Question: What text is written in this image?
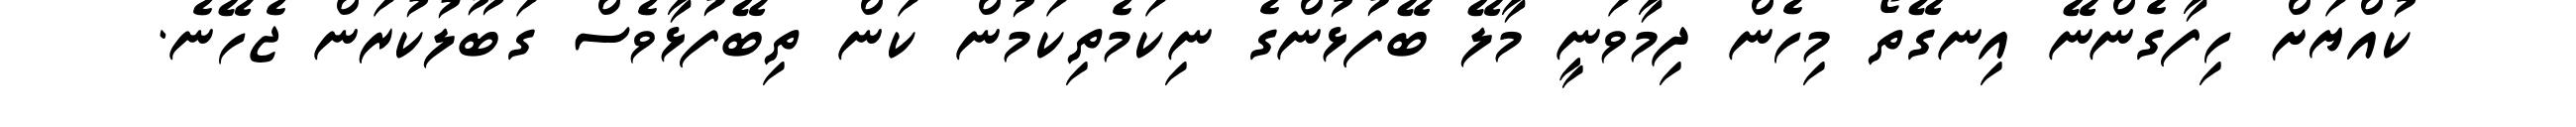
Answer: ކުއްޔަށް ހިފާގެންނޭ އިނގޭތޯ މިހެން ދިމާވަނީ މާލޭ ބޭފުޅުންގެ ނިކަމެތިކަމުން ކަން ތިބޭފުޅާވެސް ގަބޫލުކުރަން ޖެހޭނެ.